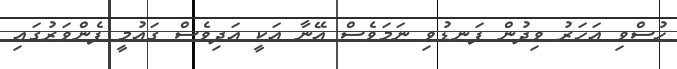
ހުސްވި އަހަރު ވިދުން ފަނޑުވި ނަމަވެސް އޭނާ އަކީ އަދިވެސް ގައުމީ ފެންވަރުގައި